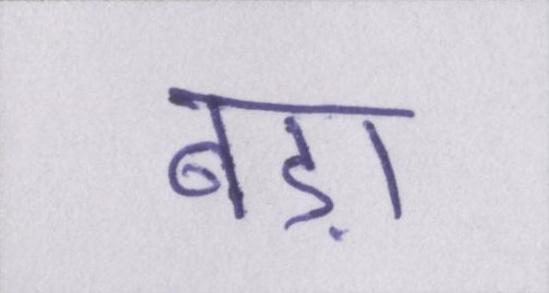
बड़ा